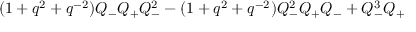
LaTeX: ( 1 + q ^ { 2 } + q ^ { - 2 } ) Q _ { - } Q _ { + } Q _ { - } ^ { 2 } - ( 1 + q ^ { 2 } + q ^ { - 2 } ) Q _ { - } ^ { 2 } Q _ { + } Q _ { - } + Q _ { - } ^ { 3 } Q _ { + }